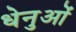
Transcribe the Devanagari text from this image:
धेनुओं